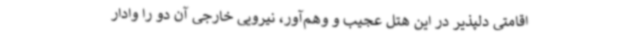
اقامتی دلپذیر در این هتل عجیب و وهم‌آور، نیرویی خارجی آن دو را وادار